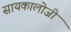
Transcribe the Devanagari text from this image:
सायकालोजी